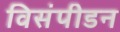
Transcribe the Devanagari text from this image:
विसंपीडन